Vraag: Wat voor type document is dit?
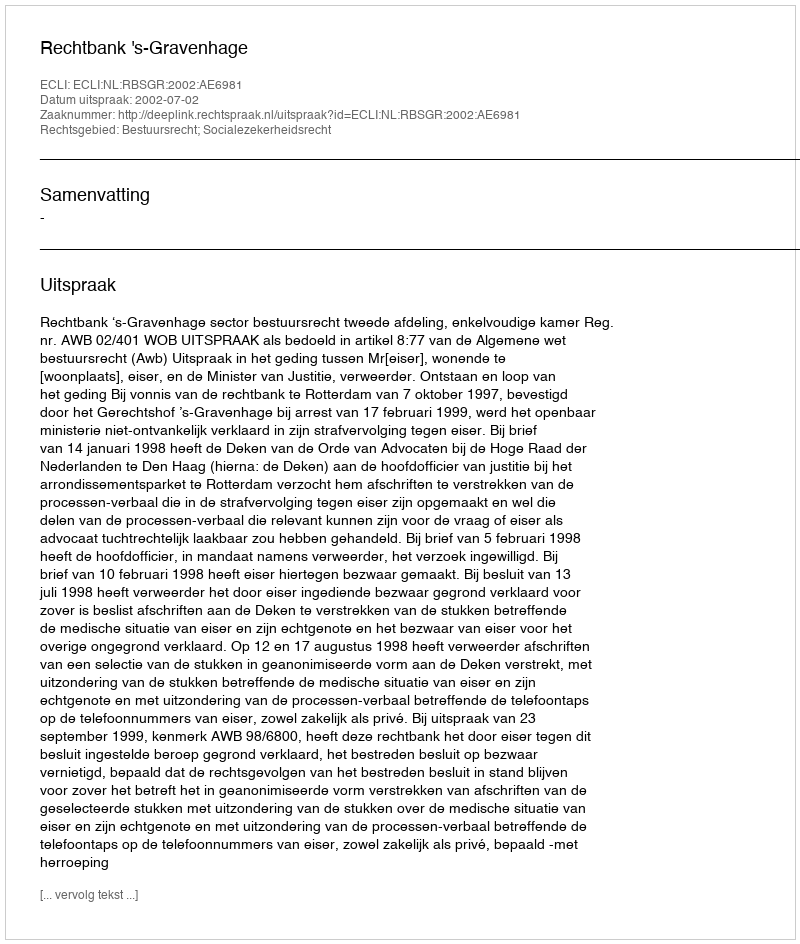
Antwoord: Uitspraak